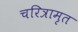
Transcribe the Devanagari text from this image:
चरित्रामृत